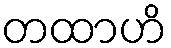
တထာဟိ